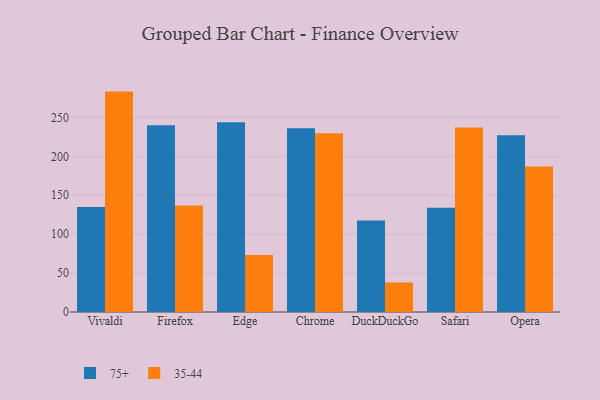
{"axis": {"x": "Browser", "y": "Population (Million)"}, "legend": ["35-44", "75+"], "data": [{"x": "Vivaldi", "y": 135.0, "type": "75+"}, {"x": "Vivaldi", "y": 283.2, "type": "35-44"}, {"x": "Firefox", "y": 240.1, "type": "75+"}, {"x": "Firefox", "y": 136.9, "type": "35-44"}, {"x": "Edge", "y": 243.9, "type": "75+"}, {"x": "Edge", "y": 73.1, "type": "35-44"}, {"x": "Chrome", "y": 236.1, "type": "75+"}, {"x": "Chrome", "y": 229.6, "type": "35-44"}, {"x": "DuckDuckGo", "y": 117.5, "type": "75+"}, {"x": "DuckDuckGo", "y": 38.0, "type": "35-44"}, {"x": "Safari", "y": 133.9, "type": "75+"}, {"x": "Safari", "y": 237.1, "type": "35-44"}, {"x": "Opera", "y": 227.0, "type": "75+"}, {"x": "Opera", "y": 186.9, "type": "35-44"}]}